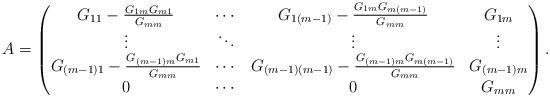
LaTeX: \begin{align*}A = \begin{pmatrix}G_{11}-\frac{G_{1m} G_{m1}}{G_{mm}}&\cdots&G_{1(m-1)}-\frac{G_{1 m} G_{m(m-1)}}{G_{mm}}&G_{1m} \\\vdots& \ddots &\vdots&\vdots \\G_{(m-1)1}-\frac{G_{(m-1)m} G_{m1}}{G_{mm}}&\cdots&G_{(m-1)(m-1)}-\frac{G_{(m-1) m} G_{m(m-1)}}{G_{mm}}&G_{(m-1) m}\\0&\cdots&0& G_{mm} \end{pmatrix}.\end{align*}